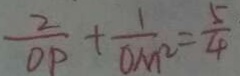
\frac { 2 } { O P } + \frac { 1 } { O M ^ { 2 } } = \frac { 5 } { 4 }